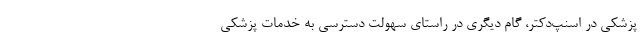
پزشکی در اسنپ‌دکتر، گام دیگری در راستای سهولت دسترسی به خدمات پزشکی